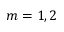
m = 1 , 2